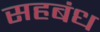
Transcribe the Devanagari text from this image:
सहबंध